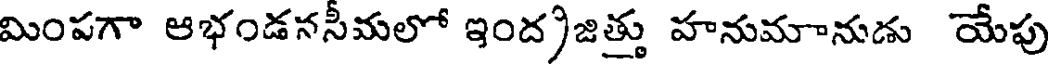
మింపగా ఆభండనసీమలో ఇంద)జిత్తు హనుమానుడు యేపు